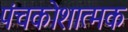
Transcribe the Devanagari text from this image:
पंचकोशात्मक